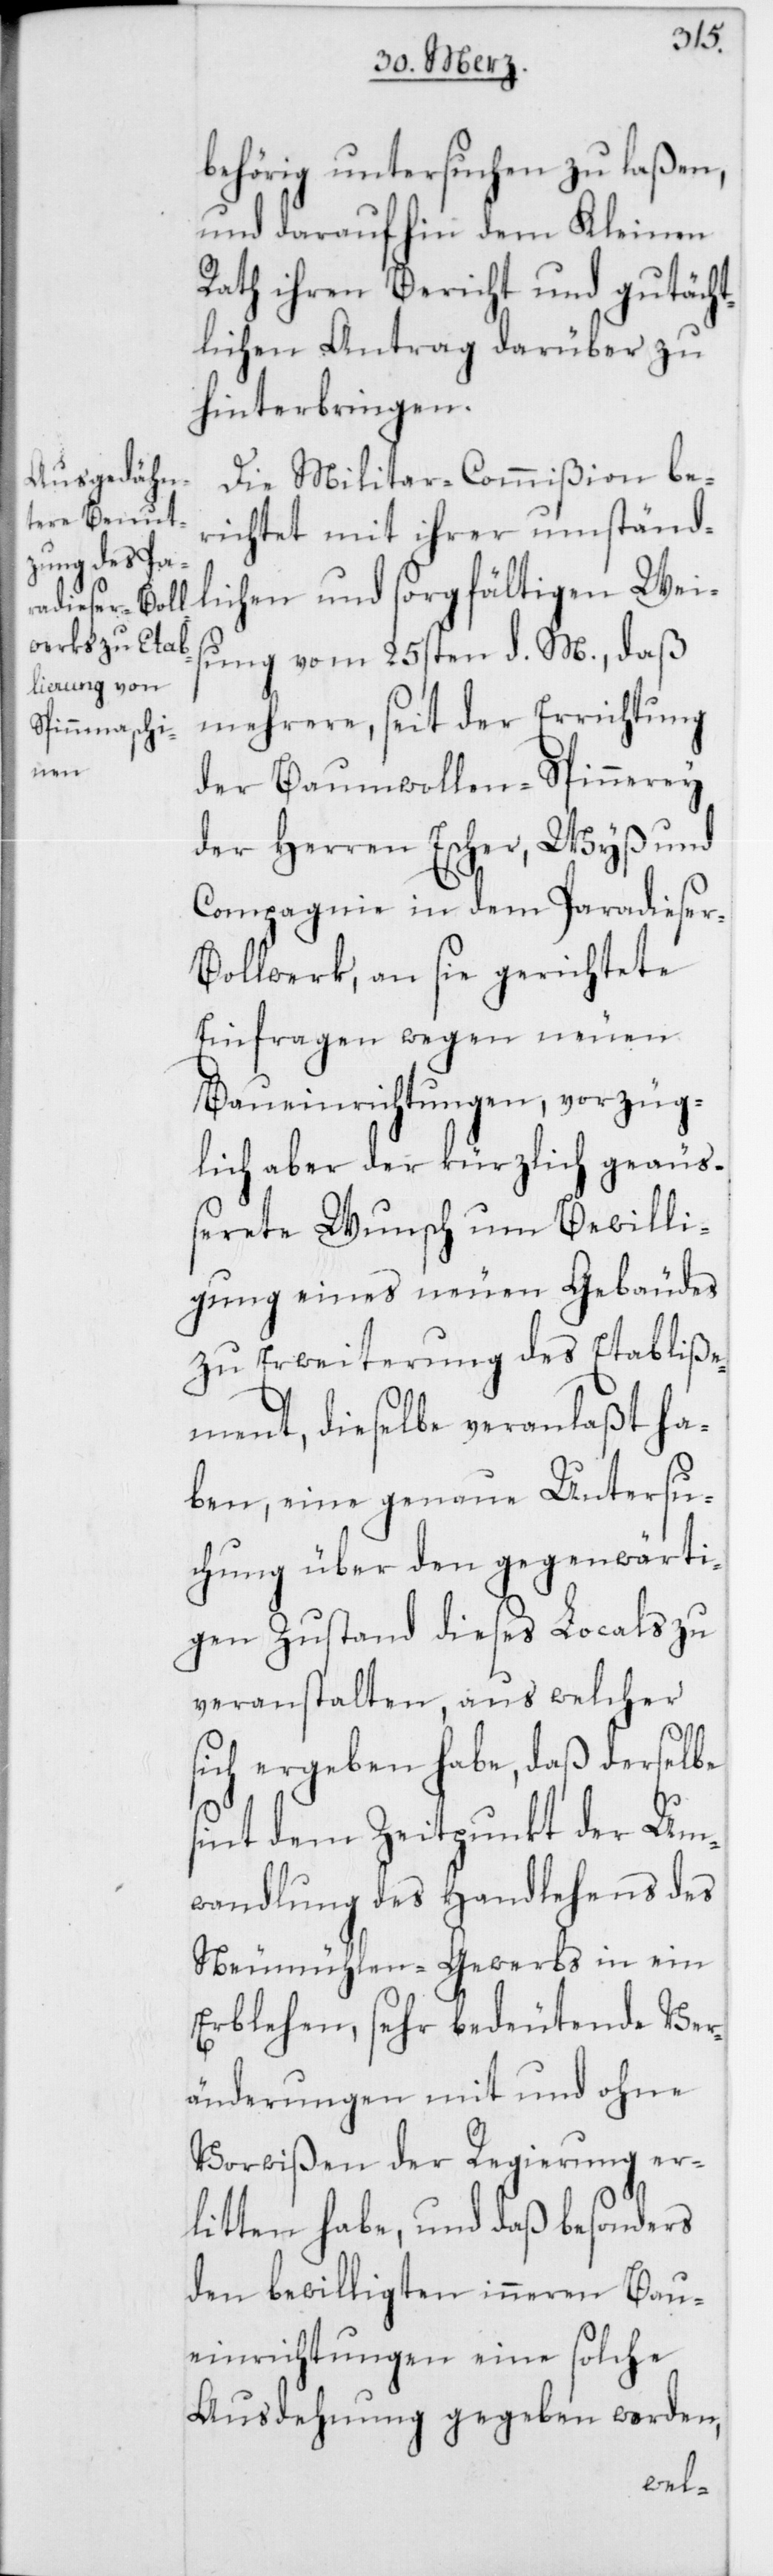
behörig untersuchen zu laßen,
und daraufhin dem Kleinen
Rath ihren Bericht und gutächt¬
lichen Antrag darüber zu
hinterbringen.
Die Militar-Commißion be¬
richtet mit ihrer umständ¬
lichen und sorgfältigen Weis¬
ung vom 25sten d. M., daß
mehrere, seit der Errichtung
der Baumwollen-Spinnerey
der Herren Escher Wyß und
Compagnie in dem Paradieser-B¬
ollwerk, an sie gerichtete
Einfragen wegen neuen
Baueinrichtungen, vorzüg¬
lich aber der kürzlich geäu¬
ßerete Wunsch um Bewilli¬
gung eines neuen Gebäudes
zu Erweiterung des Etabliße¬
ment, dieselbe veranlaßt ha¬
ben, eine genaue Untersu¬
chung über den gegenwärti¬
gen Zustand dieses Locals zu
veranstalten, aus welcher
sich ergeben habe, daß derselbe
sint dem Zeitpunkt der Um¬
wandlung des Handlehens des
Neumühlen-Gewerbs in ein
Erblehen, sehr bedeutende Ver¬
änderungen mit und ohne
Vorwißen der Regierung er¬
litten habe, und daß besonders
den bewilligten inneren Bau¬
einrichtungen eine solche
Ausdehnung gegeben werden,